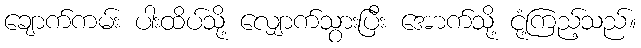
ချောက်ကမ်း ပါးထိပ်သို့ လျှောက်သွားပြီး အောက်သို့ ငုံ့ကြည့်သည်။